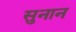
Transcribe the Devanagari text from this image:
सुनान